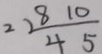
2 2 \frac { 8 1 0 } { 4 5 }